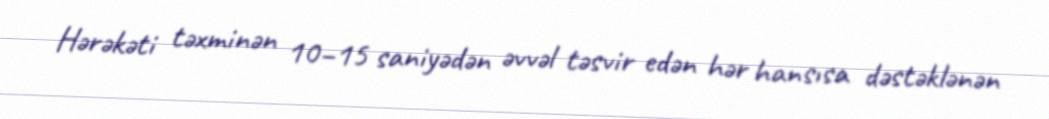
Hərəkəti təxminən 10−15 saniyədən əvvəl təsvir edən hər hansısa dəstəklənən